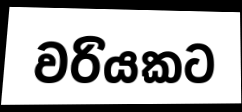
වරියකට